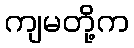
ကျမတို့က